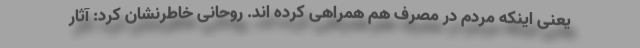
یعنی اینکه مردم در مصرف هم همراهی کرده اند. روحانی خاطرنشان کرد: آثار